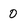
Character: 0